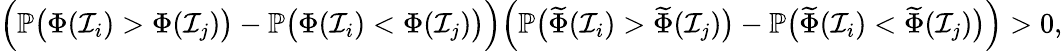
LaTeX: \begin{array}{r}{\Big(\mathbb{P}\big(\Phi(\mathcal{I}_{i})>\Phi(\mathcal{I}_{j})\big)-\mathbb{P}\big(\Phi(\mathcal{I}_{i})<\Phi(\mathcal{I}_{j})\big)\Big)\Big(\mathbb{P}\big(\widetilde{\Phi}(\mathcal{I}_{i})>\widetilde{\Phi}(\mathcal{I}_{j})\big)-\mathbb{P}\big(\widetilde{\Phi}(\mathcal{I}_{i})<\widetilde{\Phi}(\mathcal{I}_{j})\big)\Big)>0,}\end{array}